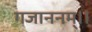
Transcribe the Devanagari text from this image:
गजाननम्।।